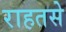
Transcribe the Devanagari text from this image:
राहतसे